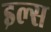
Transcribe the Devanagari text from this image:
इल्स